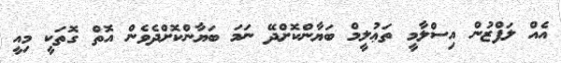
އެއް ލަފްޒުން އިސްލާމީ ތަޢުލީމް ބަޔާންކޮށްދޭ ނަމަ ބަޔާންކޮށްދެވެން އޮތް ގޮތަކީ މިއީ